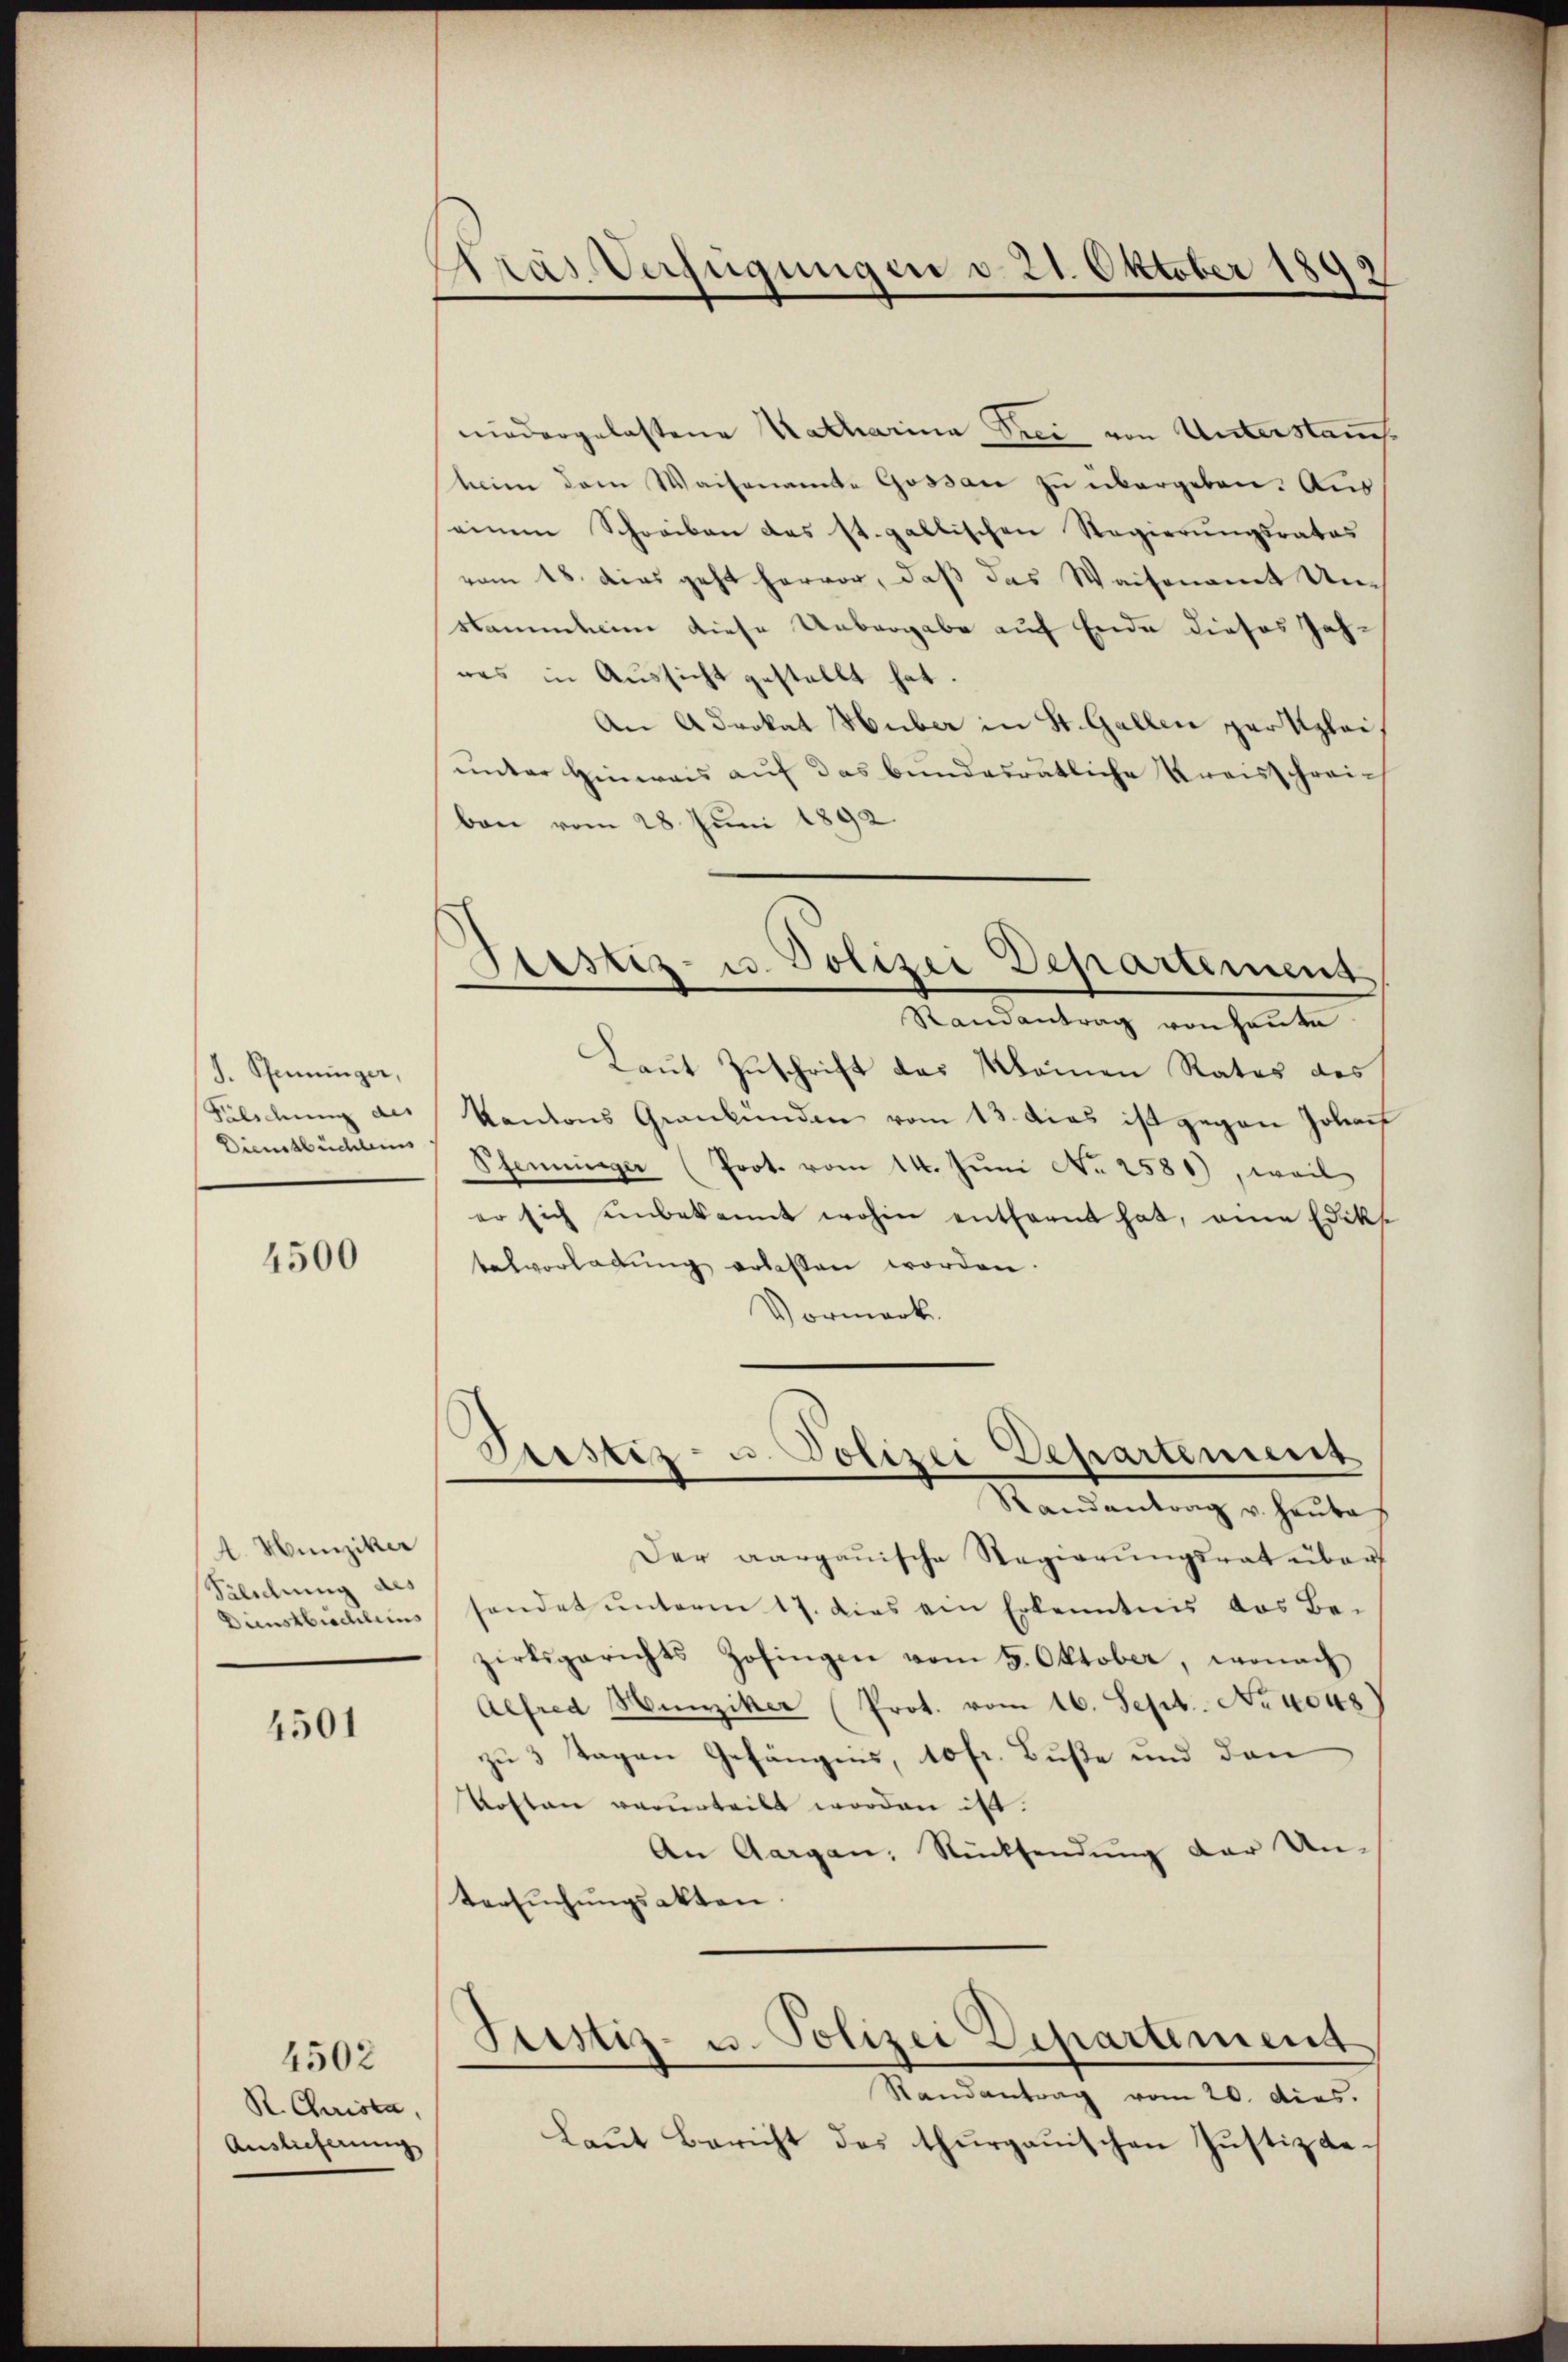
J. Pfenninger,
Fulichung des
Dienstbüchlens

4500

A. Hunziker
Silichung des

4501

R. Christa,

4502

Pras Verfügungen d. 21. Oktober 1899

niedergelastene Katharina Drei von Unterstauch
tim dem Waisenamte Gossau zu übergeben. Aus
einem Schreiben das st. gallischen Regierungsrates
vom 18. dies geht hervor, daß das Waisenamt Un¬
Namlein diese Uebergabe auf Ende dieses Jahwas in Aussicht gestellt hat.
An Advokat Huber in St. Gallen par Klei
unter Hinweis auf das bundesrätliche Kreisschreiben vom 28. Juni 1892
Randantrag von heute.
Laut Zuschrift des Kleinen Rates des
kantons Graubünden vom 13. das ist gegen Johauf
Pfenninger (Prot. vom 14. Juni No 2581), weil
er sich unbekannt wohin entfernt hat, eine Edik
telvorladung erlassen worden.
Vormerk.
Justiz- u. Polizei Departement
Randantrag v. Heute
Der aargauische Regierŭngsrat über
Dienstbüchleins handet ŭnterm 17. dies ein Erkenntnis das Be-
zirksgerichts Zofingen vom 9. Oktober, wonach
Alfred Hunziker (Prot. vom 16. Sept. No 1048
zu 3 Tagen Gefängnis, 10 fr. Buße und den
Kosten verurteilt worden ist.
An Aargau, Rücksendung der Un-
tersuchungsakten.
Justiz- u. Polizei Departement
Randantrag vom 20. dies.
Auslicherŭng Laŭt Bericht des thurgauischen Justiz be¬

Festiz- u. Polizei Departement